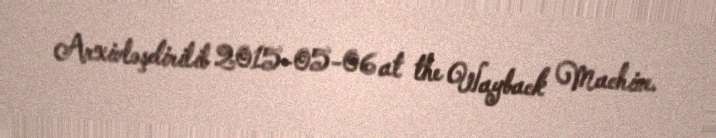
Arxivləşdirilib 2015-05-06 at the Wayback Machine.